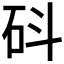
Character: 𥐿